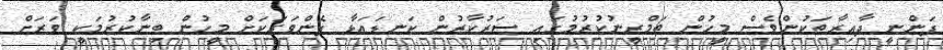
ފަންނީ ދާއިރާތަކުންވެސް މީހުން ތަމްރީނުކުރުމުގައި ސަރުކާރުން ކަނޑައަޅާ ފެންވަރަކަށް މީހުން ބިނާކުރުމަކީ ވަރަށް